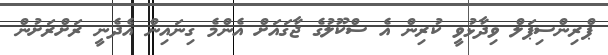
ޕްރިންސިޕަލް ވިދާޅުވީ ކުރިން އެ ސްކޫލުގެ ޖާގައަށް އެންމެ ގިނައިން އެދެނީ ރަށްރަށުން